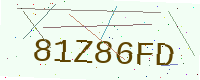
Text: 81Z86FD